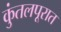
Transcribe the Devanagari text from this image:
कुंतलपूरात